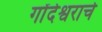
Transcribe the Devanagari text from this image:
गोंदेश्वराचे